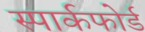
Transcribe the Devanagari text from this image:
स्पार्कफोर्ड